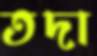
তদা